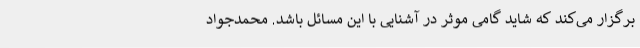
برگزار می‌کند که شاید گامی موثر در آشنایی با این مسائل باشد. محمدجواد